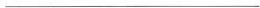
___